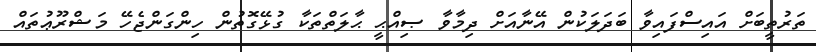
ތަރުތީބަށް އައިސްފައިވާ ބަދަލަކުން އޭނާއަށް ދިމާވާ ޞިއްޙީ ޙާލަތްތަކާ ގުޅޭގޮތުން ހިންގަންޖެހޭ މަޝްރޫޢުތައް